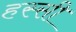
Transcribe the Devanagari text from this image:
हस्सी